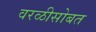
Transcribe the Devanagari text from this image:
वरळीसोबत